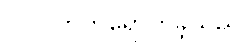
ပါဝင်တက်ရောက်ခဲ့သည်